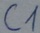
Text: C1